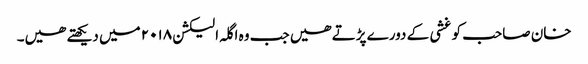
خان صاحب کو غشی کے دورے پڑتے ھیں جب وہ اگلہ الیکشن ۲۰۱۸ میں دیکھتے ھیں۔